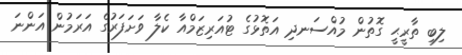
ލިބި ތާރީޙީ ގޮތުން މުއްސަނދި އަތޮޅުގެ ޓުއަރިޒަމްއާ ކެލާ ވަށަފަރުގެ އަރަމުން އަންނަ